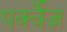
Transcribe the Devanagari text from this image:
पर्क्वेज़